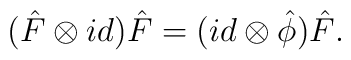
(\hat F\otimes id)\hat F=(id\otimes {\hat \phi})\hat F.